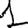
Digit: 1